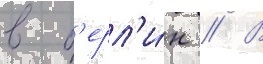
в б'ерл'и́н // В